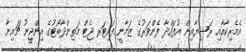
އެމެރިކާއާއި ރަޝިޔާއިން އުފައްދާ ފެންވަރުގެ ޒަމާނީ ފައިޓަރ ޖެޓް މަތިންދާބޯޓުގެ އިންޖީނު ޗައިނާ